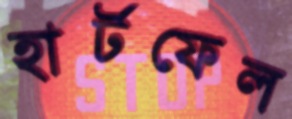
হার্টফেল